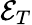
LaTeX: {\mathcal{E}}_{T}